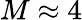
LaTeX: M\approx 4